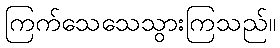
ကြက်သေသေသွားကြသည်။